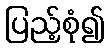
ပြည့်စုံ၍